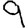
Digit: 9